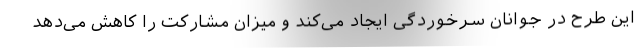
این طرح در جوانان سرخوردگی ایجاد می‌کند و میزان مشارکت را کاهش می‌دهد